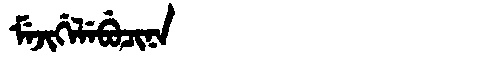
Manchu: ᠮᡝᠵᡳᡤᡝᠯᡝᠪᡠᠴᡳᠨᠠ
Romanization: MEJIGELEBUCINA